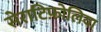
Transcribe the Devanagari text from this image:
सेराटिफ़ोलिया